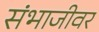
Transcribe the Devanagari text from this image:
संभाजीवर